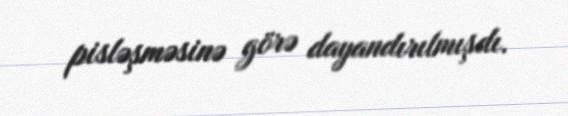
pisləşməsinə görə dayandırılmışdı.